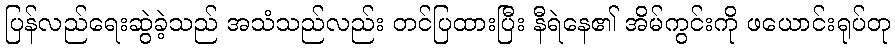
ပြန်လည်ရေးဆွဲခဲ့သည် အသံသည်လည်း တင်ပြထားပြီး နီရဲနေ၏ အိမ်ကွင်းကို ဖယောင်းရုပ်တု